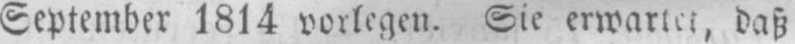
September 1814 vorlegen. Sie erwartet, daß